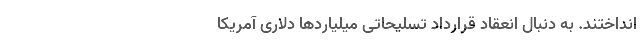
انداختند. به دنبال انعقاد قرارداد تسلیحاتی میلیاردها دلاری آمریکا